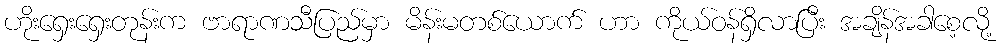
ဟိုးရှေးရှေးတုန်းက ဗာရာဏသီပြည်မှာ မိန်းမတစ်ယောက် ဟာ ကိုယ်ဝန်ရှိလာပြီး အချိန်အခါစေ့လို့